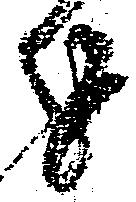
を